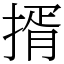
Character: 揟